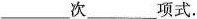
___次___项式.